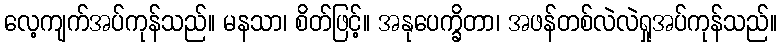
လေ့ကျက်အပ်ကုန်သည်။ မနသာ၊ စိတ်ဖြင့်။ အနုပေက္ခိတာ၊ အဖန်တစ်လဲလဲရှုအပ်ကုန်သည်။